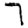
Digit: 7